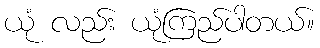
ယုံ လည်း ယုံကြည်ပါတယ်။